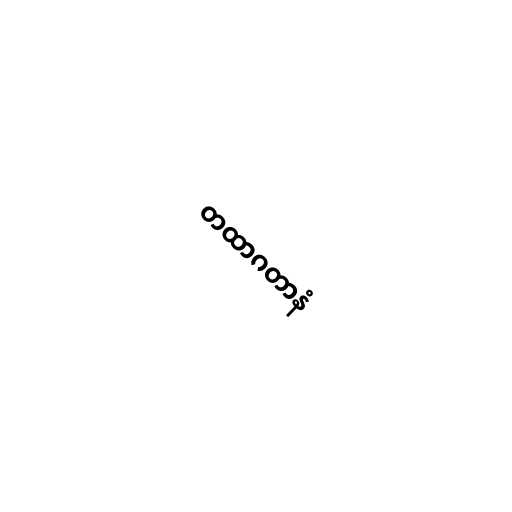
တထာဂတာနံ